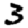
Digit: 3